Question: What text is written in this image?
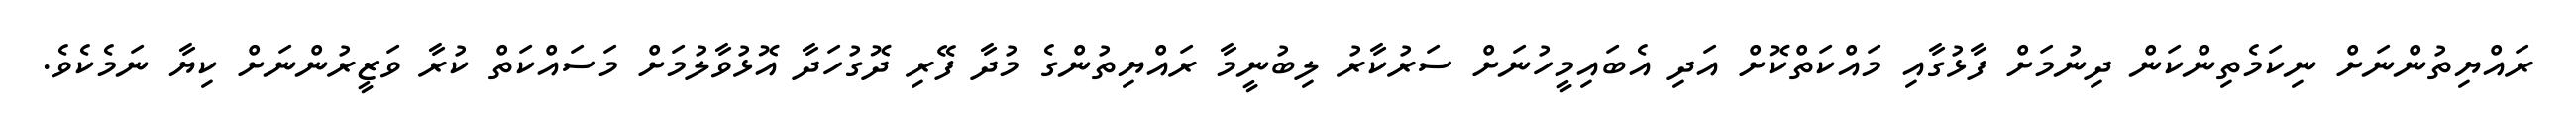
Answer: ރައްޔިތުންނަށް ނިކަމެތިންކަން ދިނުމަށް ފާޅުގާއި މައްކަތްކޮށް އަދި އެބައިމީހުނަށް ސަރުކާރު ލިބުނީމާ ރައްޔިތުންގެ މުދާ ފޭރި ދޮގުހަދާ އޮޅުވާލުމަށް މަސައްކަތް ކުރާ ވަޒީރުންނަށް ކިޔާ ނަމެކެވެ.